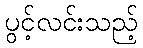
ပွင့်လင်းသည့်